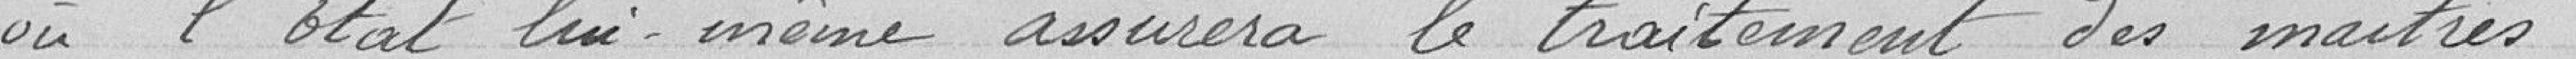
où l'Etat lui même assurera le traitement des maitres.